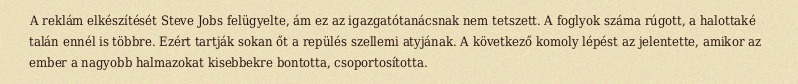
A reklám elkészítését Steve Jobs felügyelte, ám ez az igazgatótanácsnak nem tetszett. A foglyok száma rúgott, a halottaké talán ennél is többre. Ezért tartják sokan őt a repülés szellemi atyjának. A következő komoly lépést az jelentette, amikor az ember a nagyobb halmazokat kisebbekre bontotta, csoportosította.